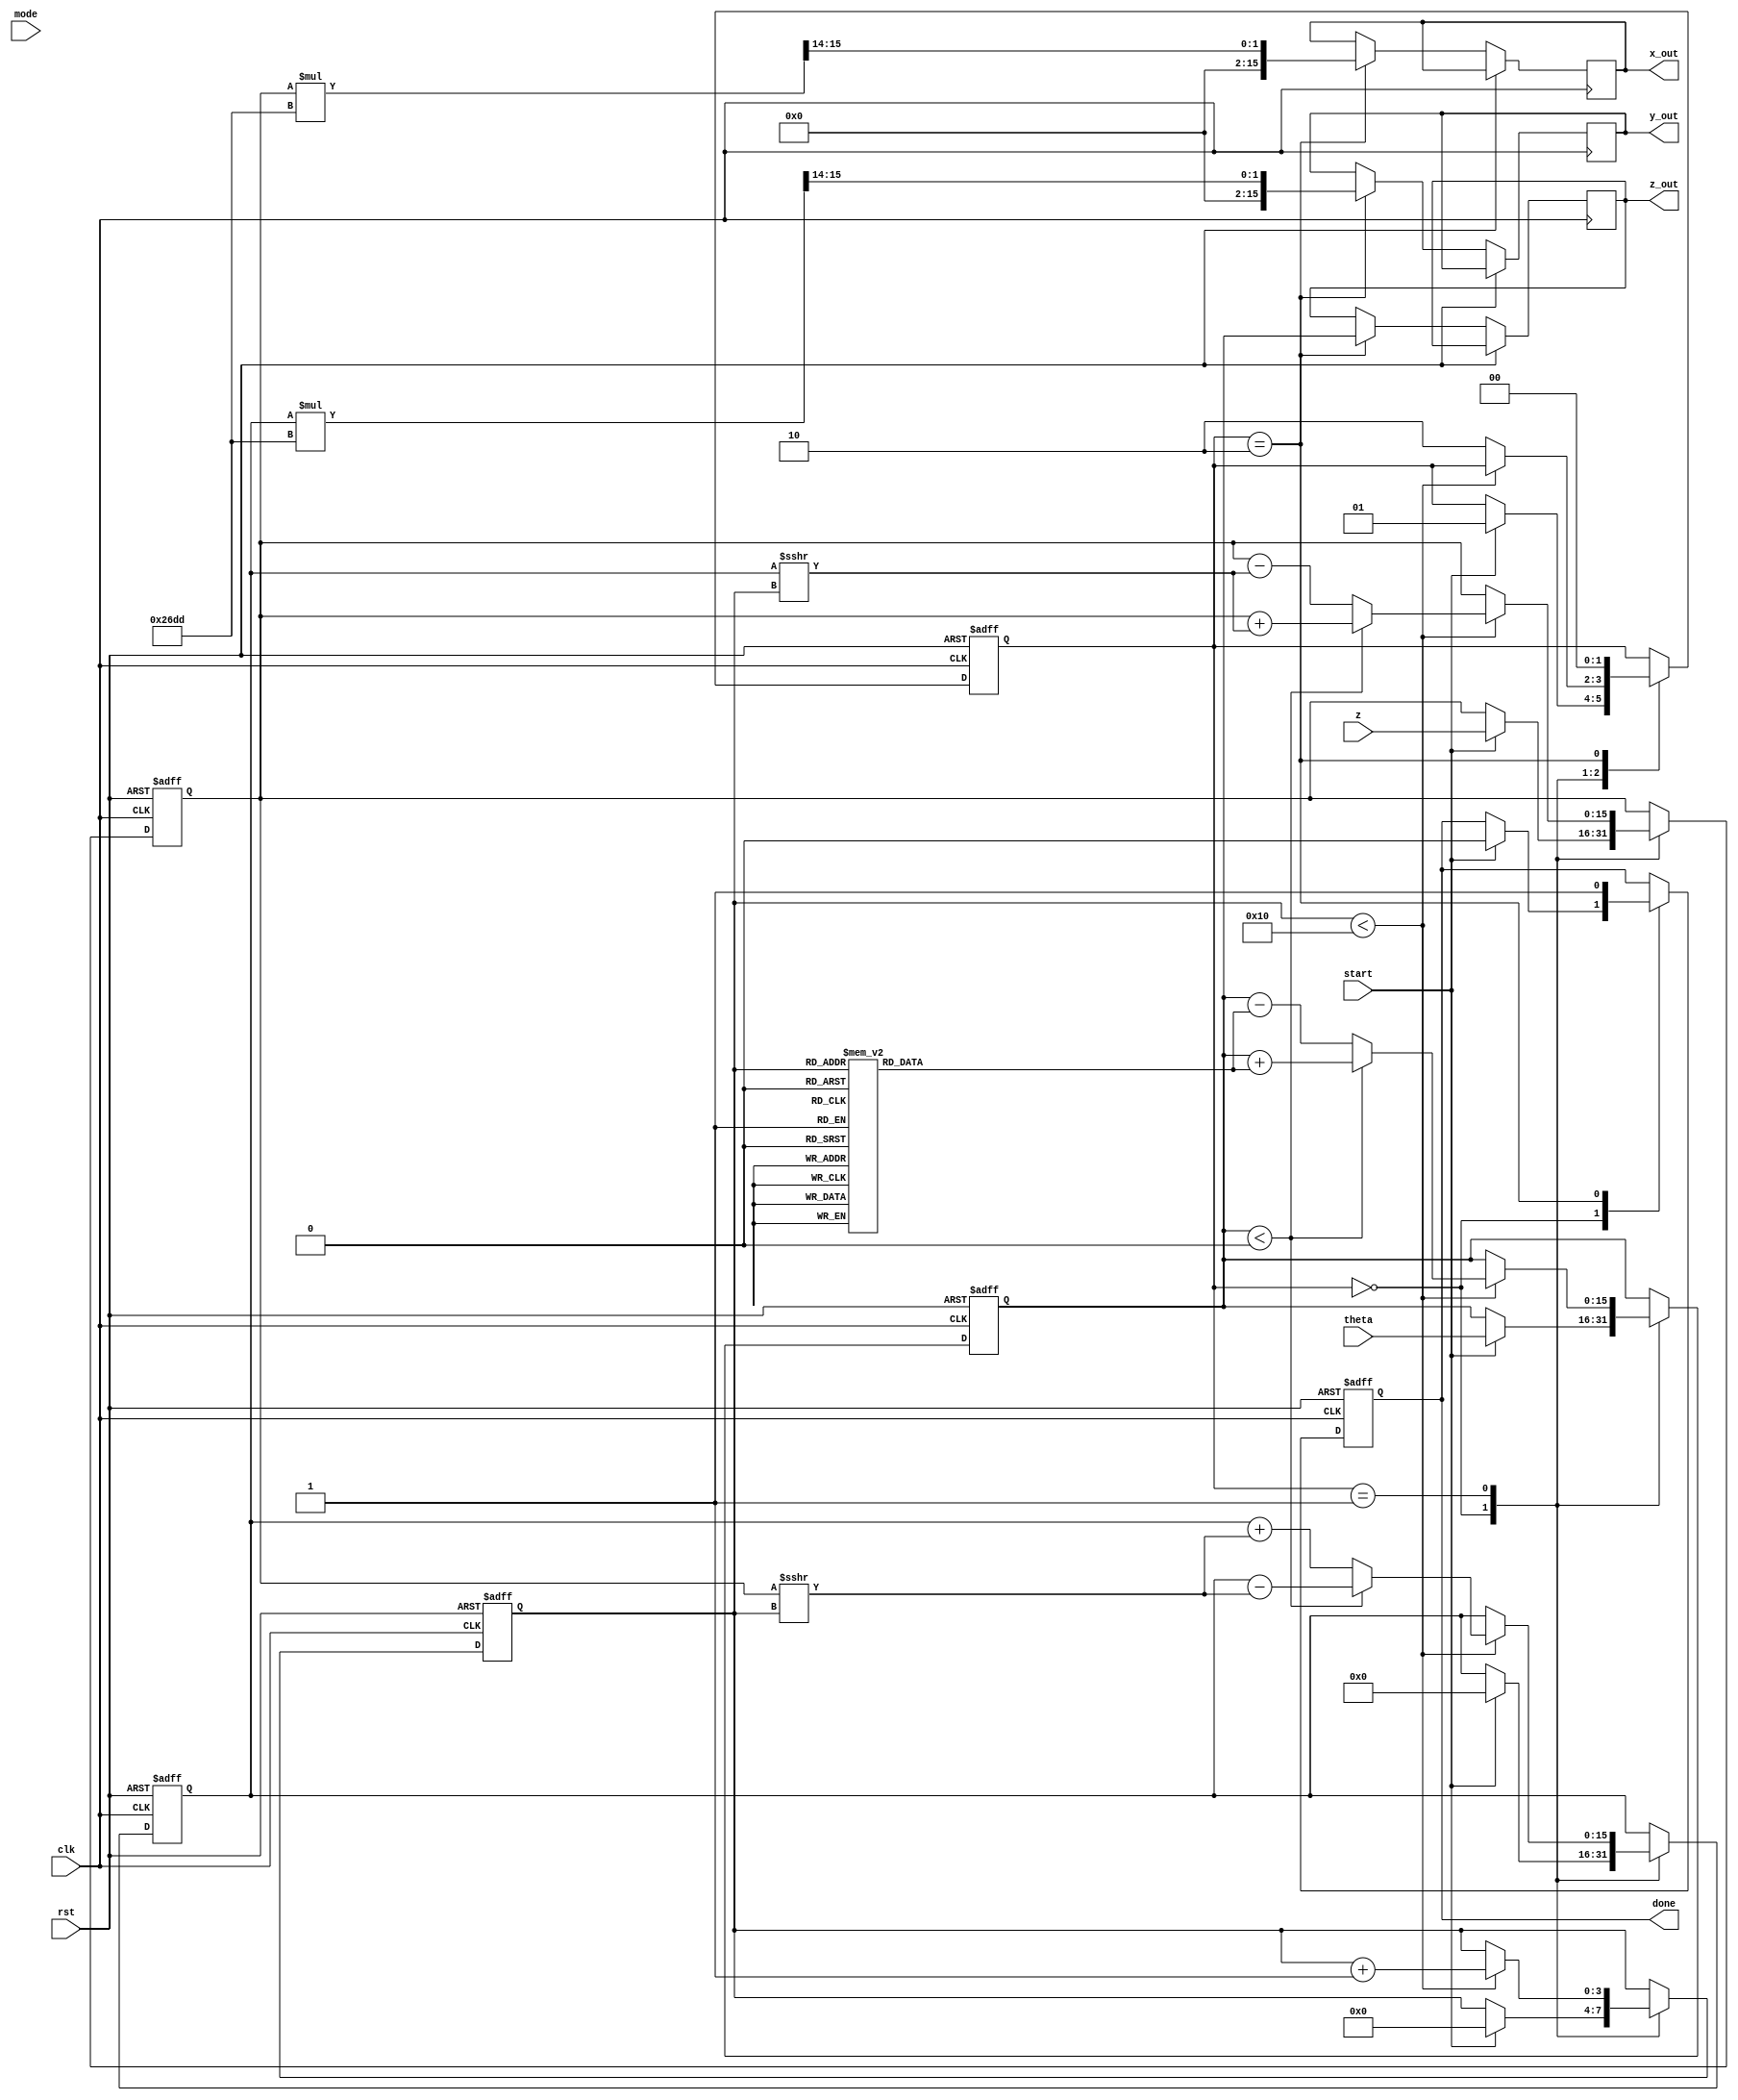
module cordic (
    input wire clk,
    input wire rst,
    input wire start,
    input wire [15:0] theta,  // Angle input in radians (fixed-point)
    input wire [15:0] z,      // Magnitude input (fixed-point)
    input wire [1:0] mode,    // Operation mode: 00 - sine, 01 - cosine, 10 - hyperbolic, 11 - others
    output reg [15:0] x_out,   // X output
    output reg [15:0] y_out,   // Y output
    output reg [15:0] z_out,   // Z output
    output reg done            // Operation done flag
);

    // Internal parameters
    parameter N = 16; // Number of iterations
    parameter K = 16'h26DD; // Scaling factor (approx. 0.607)

    // Lookup table for arctangent values (fixed-point)
    reg [15:0] atan_table [0:N-1];
    initial begin
        atan_table[0] = 16'h2000; // atan(2^-0)
        atan_table[1] = 16'h1000; // atan(2^-1)
        atan_table[2] = 16'h0800; // atan(2^-2)
        atan_table[3] = 16'h0400; // atan(2^-3)
        atan_table[4] = 16'h0200; // atan(2^-4)
        atan_table[5] = 16'h0100; // atan(2^-5)
        atan_table[6] = 16'h0080; // atan(2^-6)
        atan_table[7] = 16'h0040; // atan(2^-7)
        atan_table[8] = 16'h0020; // atan(2^-8)
        atan_table[9] = 16'h0010; // atan(2^-9)
        atan_table[10] = 16'h0008; // atan(2^-10)
        atan_table[11] = 16'h0004; // atan(2^-11)
        atan_table[12] = 16'h0002; // atan(2^-12)
        atan_table[13] = 16'h0001; // atan(2^-13)
        atan_table[14] = 16'h0001; // atan(2^-14)
        atan_table[15] = 16'h0000; // atan(2^-15)
    end

    // Internal registers
    reg [15:0] x, y, z_reg;
    reg [3:0] iteration;
    reg [1:0] state;

    // State machine states
    localparam IDLE = 2'b00, COMPUTE = 2'b01, DONE = 2'b10;

    // Main process
    always @(posedge clk or posedge rst) begin
        if (rst) begin
            x <= 16'h0;
            y <= 16'h0;
            z_reg <= 16'h0;
            iteration <= 0;
            state <= IDLE;
            done <= 0;
        end else begin
            case (state)
                IDLE: begin
                    if (start) begin
                        // Initialize values
                        x <= z; // Initial magnitude
                        y <= 16'h0; // Initial y-coordinate
                        z_reg <= theta; // Load angle
                        iteration <= 0;
                        state <= COMPUTE;
                        done <= 0;
                    end
                end
                COMPUTE: begin
                    if (iteration < N) begin
                        // CORDIC rotation
                        if (z_reg < 0) begin
                            // Rotate clockwise
                            x <= x + (y >>> iteration);
                            y <= y - (x >>> iteration);
                            z_reg <= z_reg + atan_table[iteration];
                        end else begin
                            // Rotate counter-clockwise
                            x <= x - (y >>> iteration);
                            y <= y + (x >>> iteration);
                            z_reg <= z_reg - atan_table[iteration];
                        end
                        iteration <= iteration + 1;
                    end else begin
                        // Finished computation
                        state <= DONE;
                    end
                end
                DONE: begin
                    x_out <= x * K >>> 14; // Apply scaling factor
                    y_out <= y * K >>> 14; // Apply scaling factor
                    z_out <= z_reg; // Final angle or magnitude
                    done <= 1;
                    state <= IDLE; // Go back to idle state
                end
            endcase
        end
    end
endmodule